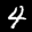
Label: 4